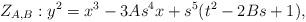
LaTeX: \begin{align*} Z_{A, B}: y^2 = x^3 - 3 A s^4 x + s^5 (t^2 - 2 B s + 1), \end{align*}